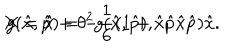
X = \hat { x } + \theta ^ { 2 } g ( \hat { x } , \hat { p } ) , \hspace { 1 . 8 c m } g ( \hat { x } , \hat { p } ) = - \frac { 1 } { 6 } ( 1 + \hat { x } \hat { p } \hat { x } \hat { p } ) \hat { x } .